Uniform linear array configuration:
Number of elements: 16
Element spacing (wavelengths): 0.5
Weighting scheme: binomial
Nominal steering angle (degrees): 0
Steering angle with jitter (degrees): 1.893
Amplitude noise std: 0.05
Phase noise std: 0.05

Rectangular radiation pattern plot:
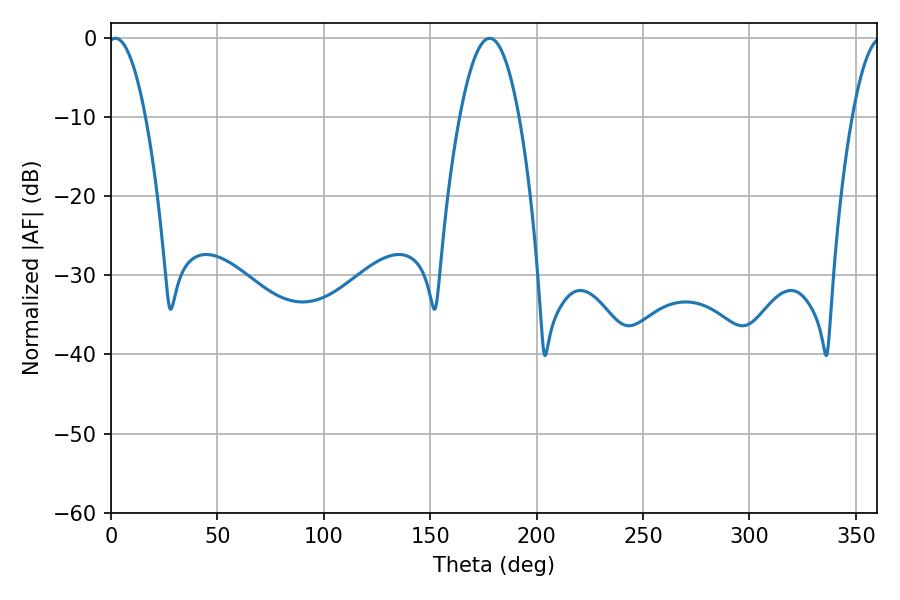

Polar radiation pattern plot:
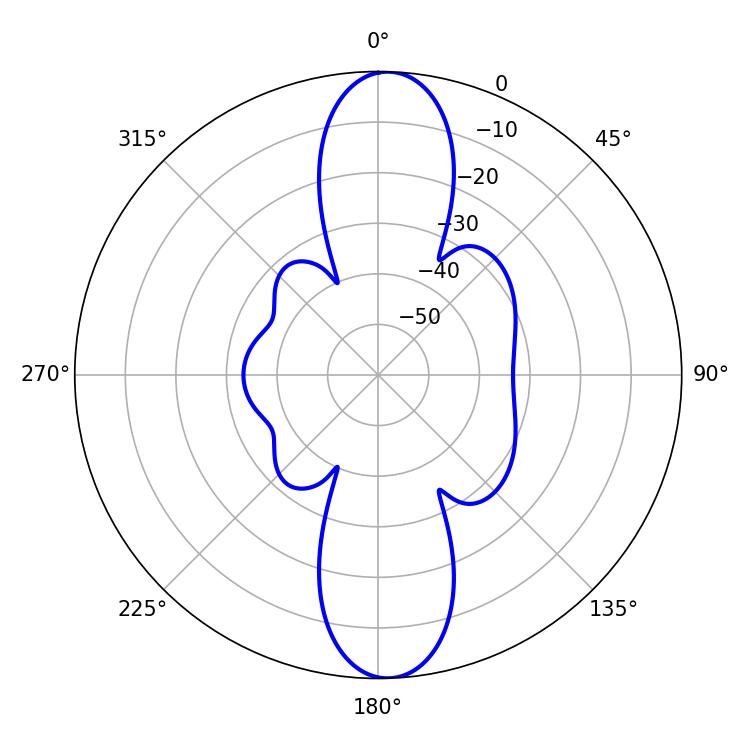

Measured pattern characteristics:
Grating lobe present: FALSE
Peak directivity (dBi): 19.452
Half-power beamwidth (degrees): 9.72
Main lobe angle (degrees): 2.16